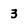
Character: 3